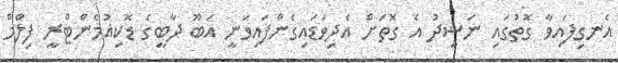
އެނގިފައިވާ ގޮތުގައި ނަޝީދު އެ ގޮތަށް އެދިވަޑައިގެންފައިވަނީ އަބޫ ދާބީގެ ޑޮކިއުމެންޓްރީ ފިލްމް